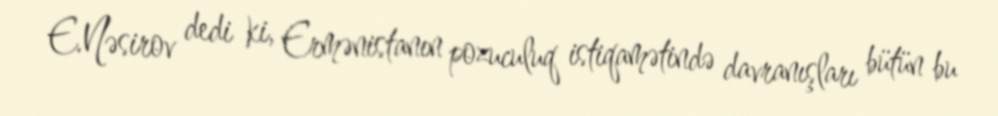
E.Nəsirov dedi ki, Ermənistanın pozuculuq istiqamətində davranışları bütün bu